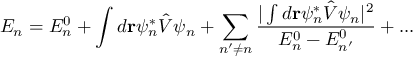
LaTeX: E _ { n } = E _ { n } ^ { 0 } + \int d \mathbf { r } \psi _ { n } ^ { * } { \hat { V } } \psi _ { n } + \sum _ { n ^ { \prime } \neq n } { \frac { | \int d \mathbf { r } \psi _ { n } ^ { * } { \hat { V } } \psi _ { n } | ^ { 2 } } { E _ { n } ^ { 0 } - E _ { n ^ { \prime } } ^ { 0 } } } + . . .